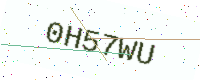
Text: 0H57WU